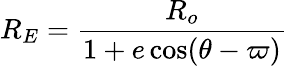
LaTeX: R_{E}={\frac{R_{o}}{1+e\cos(\theta-\varpi)}}